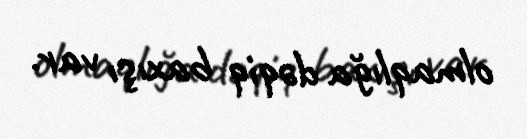
olmaqlığa dəqiq baxışı var.